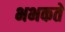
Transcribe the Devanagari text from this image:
भभकते